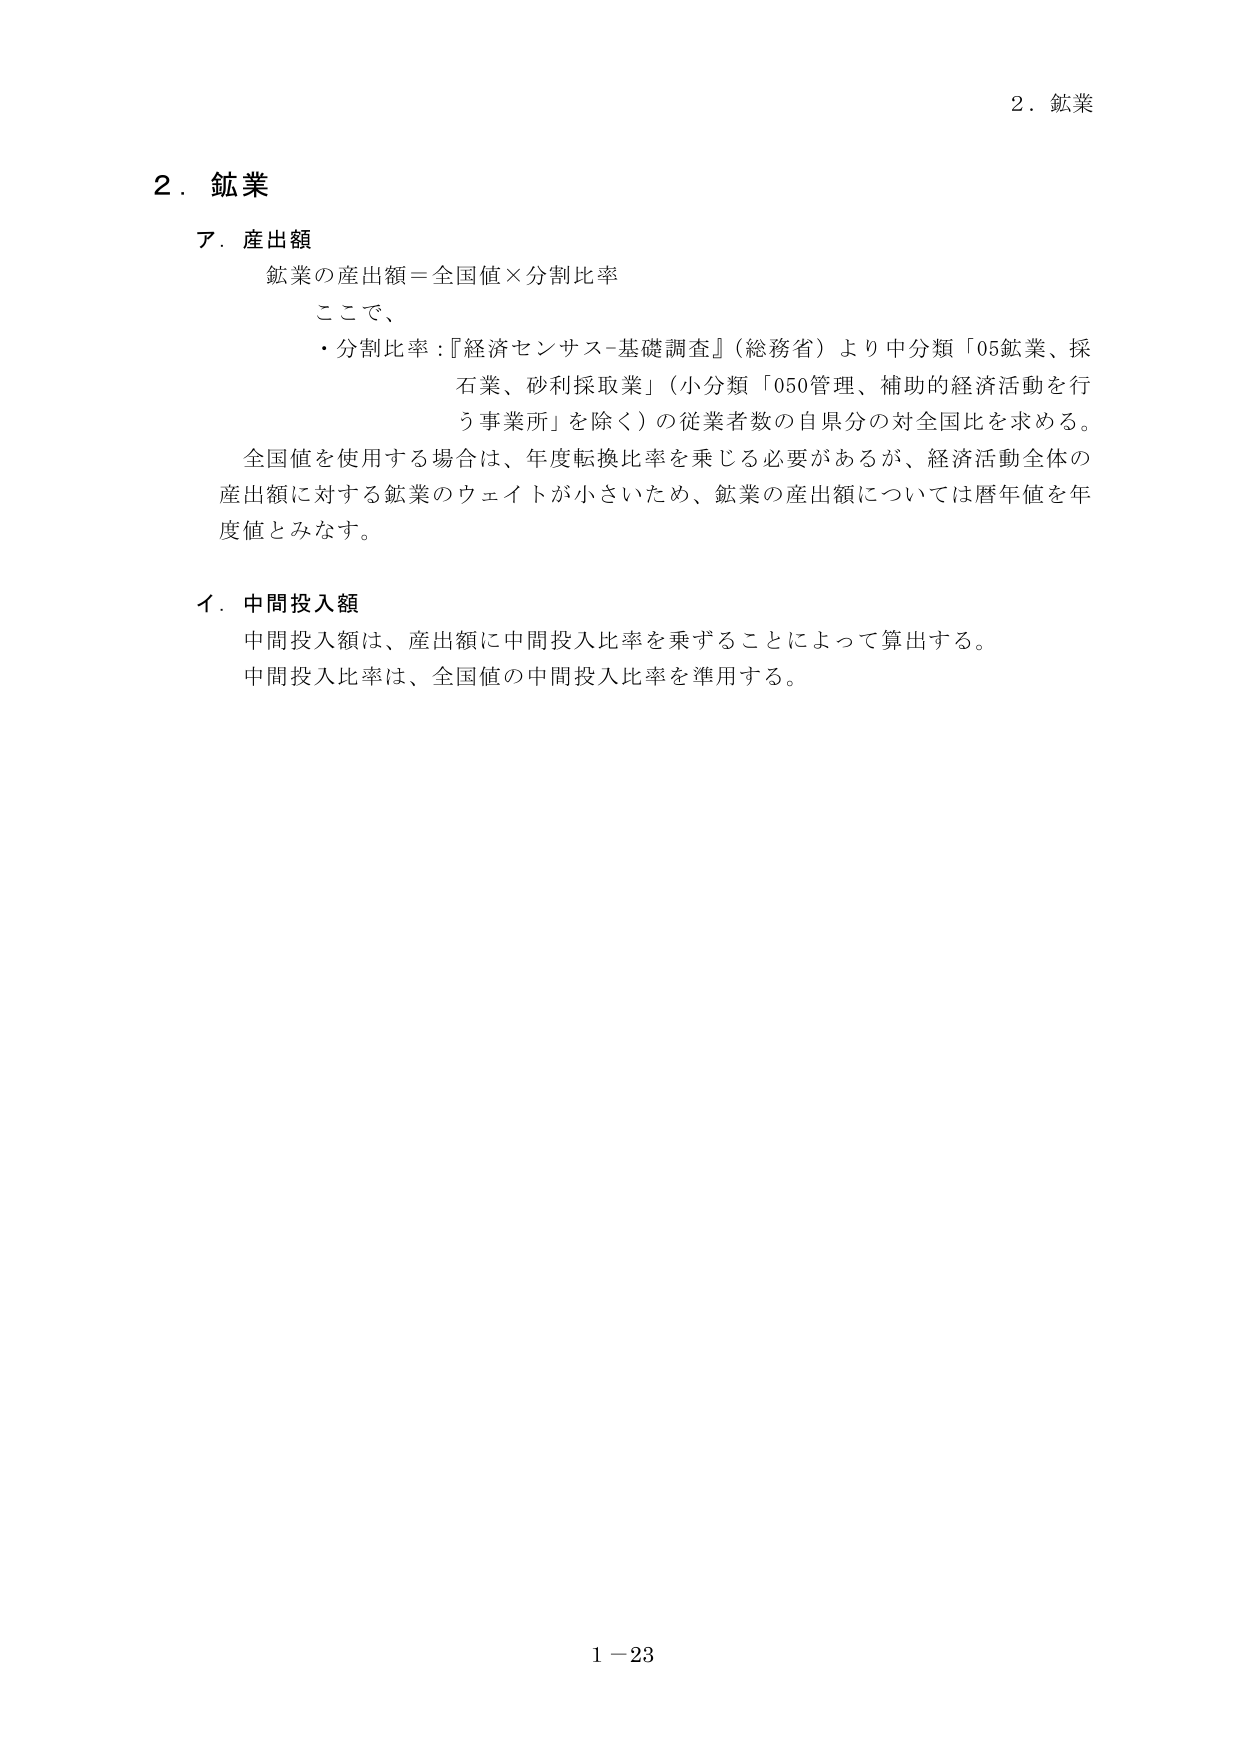
2．鉱業

ア．産出額
鉱業の産出額＝全国値×分割比率
ここで、
・分割比率：『経済センサス-基礎調査』（総務省）より中分類「05鉱業、採石業、砂利採取業」（小分類「050管理、補助的経済活動を行う事業所」を除く）の従業者数の自県分の対全国比を求める。
全国値を使用する場合は、年度転換比率を乗じる必要があるが、経済活動全体の産出額に対する鉱業のウェイトが小さいため、鉱業の産出額については暦年値を年度値とみなす。

イ．中間投入額
中間投入額は、産出額に中間投入比率を乗ずることによって算出する。
中間投入比率は、全国値の中間投入比率を準用する。

1－23